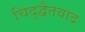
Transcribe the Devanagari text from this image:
चिद्द्वैतवाद